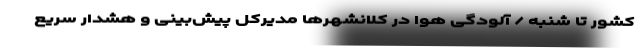
کشور تا شنبه / آلودگی هوا در کلانشهرها مدیرکل پیش‌بینی و هشدار سریع